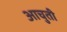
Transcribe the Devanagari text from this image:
आचुती